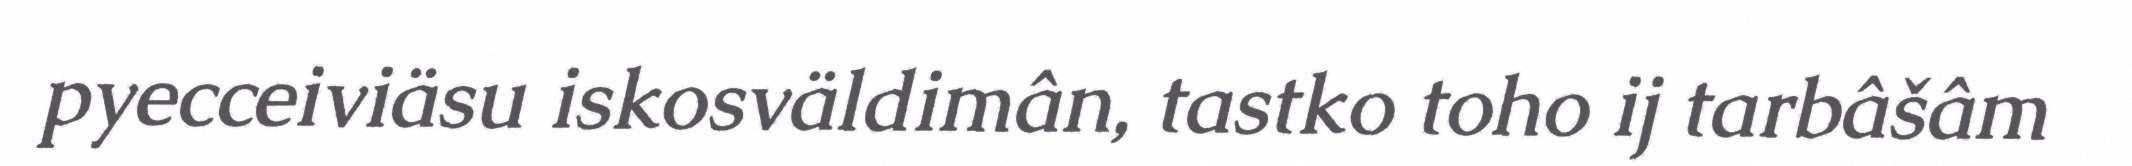
pyecceiviäsu iskosväldimân, tastko toho ij tarbâšâm